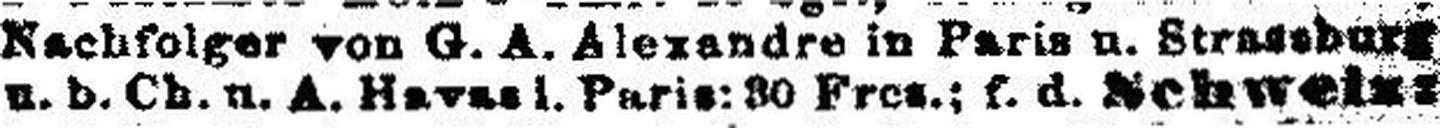
u. b. Ch. u. A. Havas i. Paris: 30 Fres.; f. d. Schweiz###